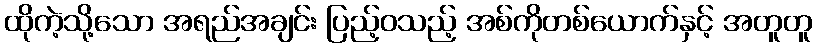
ထိုကဲ့သို့သော အရည်အချင်း ပြည့်ဝသည့် အစ်ကိုတစ်ယောက်နှင့် အတူတူ